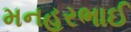
મનહરભાઈ